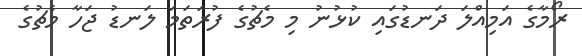
ރޯމާގެ އަމިއްލަ ދަނޑުގައި ކުޅުނު މި މެޗުގެ ފުރަތަމަ ލަނޑު ޖަހާ މެޗުގެ